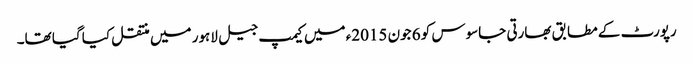
رپورٹ کے مطابق بھارتی جاسوس کو 6 جون 2015ء میں کیمپ جیل لاہور میں منتقل کیا گیا تھا۔